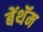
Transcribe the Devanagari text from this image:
बेंथॅम